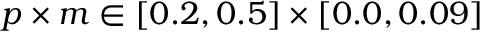
p \times m \in [ 0 . 2 , 0 . 5 ] \times [ 0 . 0 , 0 . 0 9 ]